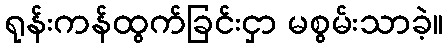
ရုန်းကန်ထွက်ခြင်းငှာ မစွမ်းသာခဲ့။